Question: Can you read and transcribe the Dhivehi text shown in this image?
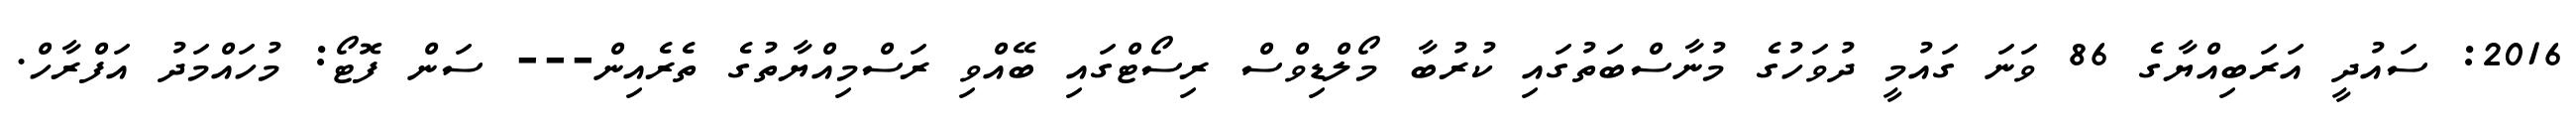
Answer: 2016: ސައުދީ އަރަބިއްޔާގެ 86 ވަނަ ގައުމީ ދުވަހުގެ މުނާސްބަތުގައި ކުރުބާ މޯލްޑިވްސް ރިސޯޓްގައި ބޭއްވި ރަސްމިއްޔާތުގެ ތެރެއިން--- ސަން ފޮޓޯ: މުހައްމަދު އަފްރާހް.